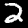
Digit: 2